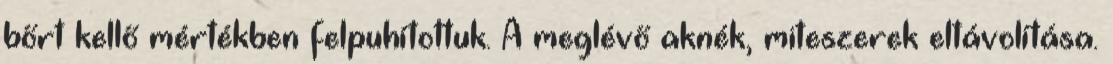
bőrt kellő mértékben felpuhítottuk. A meglévő aknék, miteszerek eltávolítása.